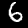
Label: 6